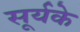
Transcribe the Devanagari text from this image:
सूर्यके